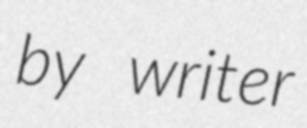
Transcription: by writer